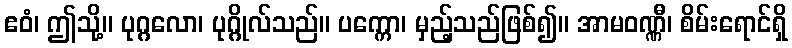
ဧဝံ၊ ဤသို့။ ပုဂ္ဂလော၊ ပုဂ္ဂိုလ်သည်။ ပက္ကော၊ မှည့်သည်ဖြစ်၍။ အာမဝဏ္ဏီ၊ စိမ်းရောင်ရှိ